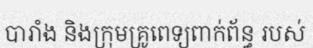
បារាំង និងក្រុមគ្រូពេទ្យពាក់ព័ន្ធ របស់